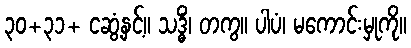
၃၀+၃၁+ ငဆွံ့နှင့်။ သဒ္ဓိံ၊ တကွ။ ပါပံ၊ မကောင်းမှုကို။